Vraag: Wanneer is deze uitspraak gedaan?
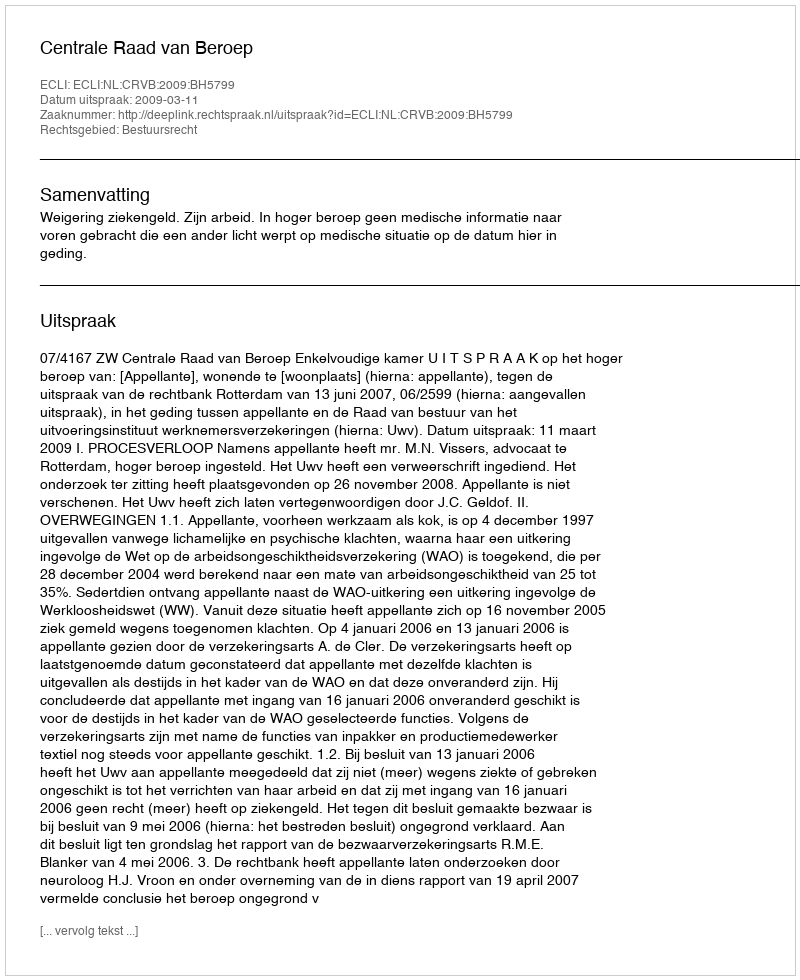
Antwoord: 2009-03-11